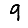
Digit: 9